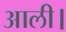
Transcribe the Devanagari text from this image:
आली।